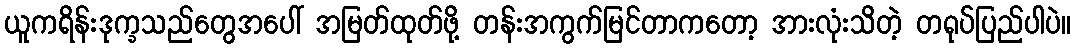
ယူကရိန်းဒုက္ခသည်တွေအပေါ် အမြတ်ထုတ်ဖို့ တန်းအကွက်မြင်တာကတော့ အားလုံးသိတဲ့ တရုပ်ပြည်ပါပဲ။